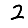
Digit: 2